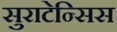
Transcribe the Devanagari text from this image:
सुराटेन्सिस